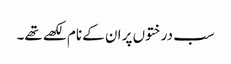
سب درختوں پر ان کے نام لکھے تھے۔